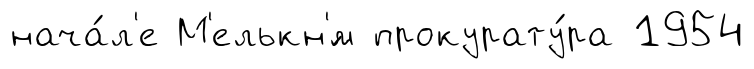
нача́л'е М'елькн'́м прокурату́ра 1954